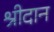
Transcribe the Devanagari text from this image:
श्रीदान